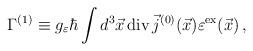
LaTeX: \begin{align*}\Gamma^{(1)} \equiv g_\varepsilon \hbar \int d^3\vec{x}\,{\rm div}\, \vec{j}^{(0)}(\vec{x}) \varepsilon^{\rm ex}(\vec{x}) \,,\end{align*}